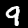
Label: 9